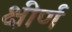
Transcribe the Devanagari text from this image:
क्षीर्ण